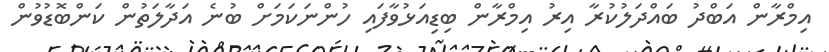
އިމްރާން އަބްދު ބައްދަލުކުރާ އިރު އިމްރާން ބިޑިއަޅުވާފައި ހުންނަކަމަށް ބުނެ އަދާލަތުން ކަންބޮޑުވުން